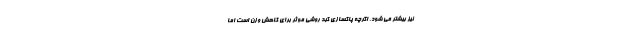
نیز بیشتر می شود. اگرچه پاکسازی کبد روشی موثر برای کاهش وزن است اما